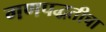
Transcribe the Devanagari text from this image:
गणपद्धतीचा